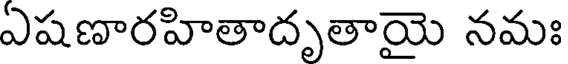
ఏషణారహితాదృతాయై నమః